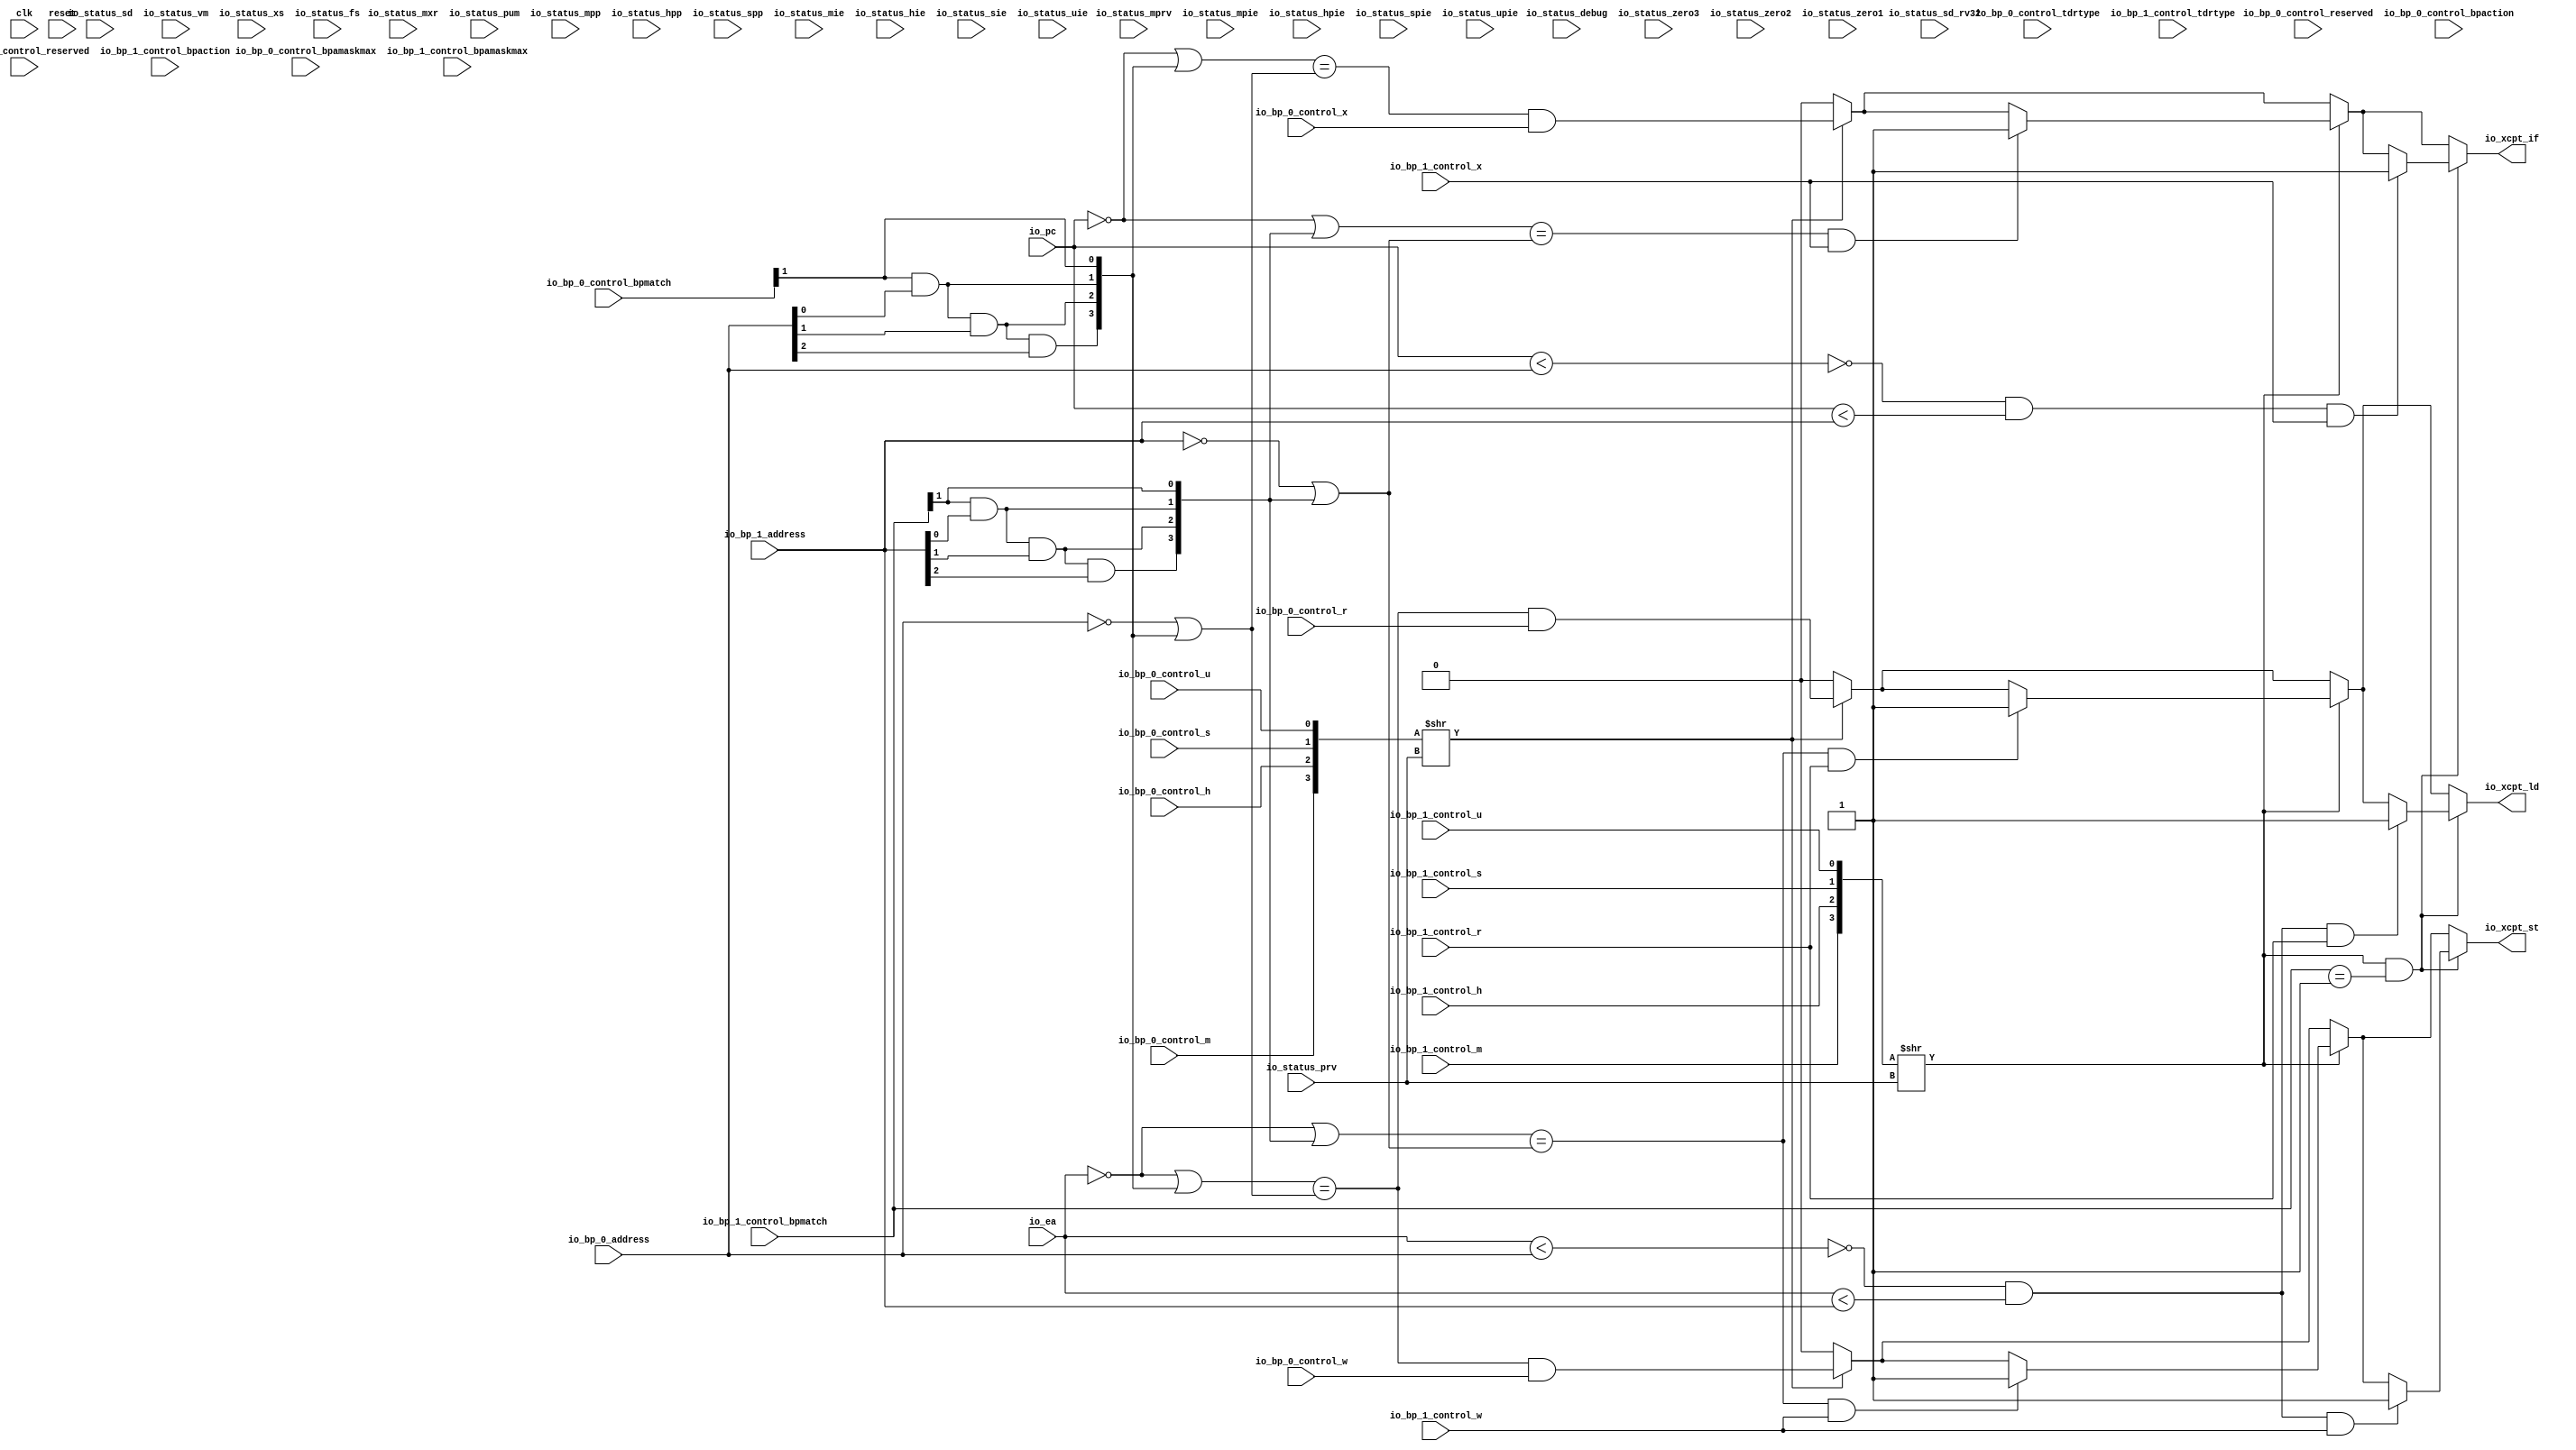
// Copyright (c) 2017, Microsemi Corporation
// All rights reserved.
//
// Redistribution and use in source and binary forms, with or without
// modification, are permitted provided that the following conditions are met:
//     * Redistributions of source code must retain the above copyright
//       notice, this list of conditions and the following disclaimer.
//     * Redistributions in binary form must reproduce the above copyright
//       notice, this list of conditions and the following disclaimer in the
//       documentation and/or other materials provided with the distribution.
//     * Neither the name of the <organization> nor the
//       names of its contributors may be used to endorse or promote products
//       derived from this software without specific prior written permission.
//
// THIS SOFTWARE IS PROVIDED BY THE COPYRIGHT HOLDERS AND CONTRIBUTORS "AS IS" AND
// ANY EXPRESS OR IMPLIED WARRANTIES, INCLUDING, BUT NOT LIMITED TO, THE IMPLIED
// WARRANTIES OF MERCHANTABILITY AND FITNESS FOR A PARTICULAR PURPOSE ARE
// DISCLAIMED. IN NO EVENT SHALL MICROSEMI CORPORATIONM BE LIABLE FOR ANY
// DIRECT, INDIRECT, INCIDENTAL, SPECIAL, EXEMPLARY, OR CONSEQUENTIAL DAMAGES
// (INCLUDING, BUT NOT LIMITED TO, PROCUREMENT OF SUBSTITUTE GOODS OR SERVICES;
// LOSS OF USE, DATA, OR PROFITS; OR BUSINESS INTERRUPTION) HOWEVER CAUSED AND
// ON ANY THEORY OF LIABILITY, WHETHER IN CONTRACT, STRICT LIABILITY, OR TORT
// (INCLUDING NEGLIGENCE OR OTHERWISE) ARISING IN ANY WAY OUT OF THE USE OF THIS
// SOFTWARE, EVEN IF ADVISED OF THE POSSIBILITY OF SUCH DAMAGE.
//
// Description:
//
// SVN Revision Information:
// SVN $Revision: 29484 $
// SVN $Date: 2017-03-31 09:57:25 +0100 (Fri, 31 Mar 2017) $
//
// Resolved SARs
// SAR      Date     Who   Description
//
// Notes:
//
// ****************************************************************************/
`define RANDOMIZE
`timescale 1ns/10ps
module PROC_SUBSYSTEM_CORERISCV_AXI4_0_CORERISCV_AXI4_BREAKPOINT_UNIT(
  input   clk,
  input   reset,
  input   io_status_debug,
  input  [1:0] io_status_prv,
  input   io_status_sd,
  input  [30:0] io_status_zero3,
  input   io_status_sd_rv32,
  input  [1:0] io_status_zero2,
  input  [4:0] io_status_vm,
  input  [3:0] io_status_zero1,
  input   io_status_mxr,
  input   io_status_pum,
  input   io_status_mprv,
  input  [1:0] io_status_xs,
  input  [1:0] io_status_fs,
  input  [1:0] io_status_mpp,
  input  [1:0] io_status_hpp,
  input   io_status_spp,
  input   io_status_mpie,
  input   io_status_hpie,
  input   io_status_spie,
  input   io_status_upie,
  input   io_status_mie,
  input   io_status_hie,
  input   io_status_sie,
  input   io_status_uie,
  input  [3:0] io_bp_0_control_tdrtype,
  input  [4:0] io_bp_0_control_bpamaskmax,
  input  [3:0] io_bp_0_control_reserved,
  input  [7:0] io_bp_0_control_bpaction,
  input  [3:0] io_bp_0_control_bpmatch,
  input   io_bp_0_control_m,
  input   io_bp_0_control_h,
  input   io_bp_0_control_s,
  input   io_bp_0_control_u,
  input   io_bp_0_control_r,
  input   io_bp_0_control_w,
  input   io_bp_0_control_x,
  input  [31:0] io_bp_0_address,
  input  [3:0] io_bp_1_control_tdrtype,
  input  [4:0] io_bp_1_control_bpamaskmax,
  input  [3:0] io_bp_1_control_reserved,
  input  [7:0] io_bp_1_control_bpaction,
  input  [3:0] io_bp_1_control_bpmatch,
  input   io_bp_1_control_m,
  input   io_bp_1_control_h,
  input   io_bp_1_control_s,
  input   io_bp_1_control_u,
  input   io_bp_1_control_r,
  input   io_bp_1_control_w,
  input   io_bp_1_control_x,
  input  [31:0] io_bp_1_address,
  input  [31:0] io_pc,
  input  [31:0] io_ea,
  output  io_xcpt_if,
  output  io_xcpt_ld,
  output  io_xcpt_st
);
  wire [1:0] T_206;
  wire [1:0] T_207;
  wire [3:0] T_208;
  wire [3:0] T_209;
  wire  T_210;
  wire [31:0] T_211;
  wire  T_212;
  wire  T_214;
  wire  T_215;
  wire [1:0] T_216;
  wire  T_217;
  wire  T_218;
  wire  T_219;
  wire [2:0] T_220;
  wire  T_221;
  wire  T_222;
  wire  T_223;
  wire [3:0] T_224;
  wire [31:0] GEN_18;
  wire [31:0] T_225;
  wire [31:0] T_226;
  wire [31:0] T_240;
  wire  T_241;
  wire  T_242;
  wire [31:0] T_244;
  wire [31:0] T_258;
  wire  T_274;
  wire  T_275;
  wire  T_308;
  wire  GEN_3;
  wire  GEN_4;
  wire  GEN_5;
  wire [1:0] T_310;
  wire [1:0] T_311;
  wire [3:0] T_312;
  wire [3:0] T_313;
  wire  T_314;
  wire  T_316;
  wire  T_318;
  wire  T_319;
  wire [1:0] T_320;
  wire  T_321;
  wire  T_322;
  wire  T_323;
  wire [2:0] T_324;
  wire  T_325;
  wire  T_326;
  wire  T_327;
  wire [3:0] T_328;
  wire [31:0] GEN_24;
  wire [31:0] T_329;
  wire [31:0] T_330;
  wire [31:0] T_344;
  wire  T_345;
  wire  T_346;
  wire  GEN_6;
  wire [31:0] T_362;
  wire  T_378;
  wire  T_379;
  wire  GEN_7;
  wire  T_412;
  wire  GEN_8;
  wire  GEN_9;
  wire  GEN_10;
  wire  GEN_11;
  wire  T_420;
  wire  T_421;
  wire  T_422;
  wire  T_424;
  wire  T_425;
  wire  T_426;
  wire  T_427;
  wire  GEN_12;
  wire  T_429;
  wire  T_431;
  wire  T_432;
  wire  T_433;
  wire  T_434;
  wire  GEN_13;
  wire  T_441;
  wire  GEN_14;
  wire  GEN_15;
  wire  GEN_16;
  wire  GEN_17;
  assign io_xcpt_if = GEN_15;
  assign io_xcpt_ld = GEN_16;
  assign io_xcpt_st = GEN_17;
  assign T_206 = {io_bp_0_control_s,io_bp_0_control_u};
  assign T_207 = {io_bp_0_control_m,io_bp_0_control_h};
  assign T_208 = {T_207,T_206};
  assign T_209 = T_208 >> io_status_prv;
  assign T_210 = T_209[0];
  assign T_211 = ~ io_pc;
  assign T_212 = io_bp_0_control_bpmatch[1];
  assign T_214 = io_bp_0_address[0];
  assign T_215 = T_212 & T_214;
  assign T_216 = {T_215,T_212};
  assign T_217 = T_216[1];
  assign T_218 = io_bp_0_address[1];
  assign T_219 = T_217 & T_218;
  assign T_220 = {T_219,T_216};
  assign T_221 = T_220[2];
  assign T_222 = io_bp_0_address[2];
  assign T_223 = T_221 & T_222;
  assign T_224 = {T_223,T_220};
  assign GEN_18 = {{28'd0}, T_224};
  assign T_225 = T_211 | GEN_18;
  assign T_226 = ~ io_bp_0_address;
  assign T_240 = T_226 | GEN_18;
  assign T_241 = T_225 == T_240;
  assign T_242 = T_241 & io_bp_0_control_x;
  assign T_244 = ~ io_ea;
  assign T_258 = T_244 | GEN_18;
  assign T_274 = T_258 == T_240;
  assign T_275 = T_274 & io_bp_0_control_r;
  assign T_308 = T_274 & io_bp_0_control_w;
  assign GEN_3 = T_210 ? T_242 : 1'h0;
  assign GEN_4 = T_210 ? T_275 : 1'h0;
  assign GEN_5 = T_210 ? T_308 : 1'h0;
  assign T_310 = {io_bp_1_control_s,io_bp_1_control_u};
  assign T_311 = {io_bp_1_control_m,io_bp_1_control_h};
  assign T_312 = {T_311,T_310};
  assign T_313 = T_312 >> io_status_prv;
  assign T_314 = T_313[0];
  assign T_316 = io_bp_1_control_bpmatch[1];
  assign T_318 = io_bp_1_address[0];
  assign T_319 = T_316 & T_318;
  assign T_320 = {T_319,T_316};
  assign T_321 = T_320[1];
  assign T_322 = io_bp_1_address[1];
  assign T_323 = T_321 & T_322;
  assign T_324 = {T_323,T_320};
  assign T_325 = T_324[2];
  assign T_326 = io_bp_1_address[2];
  assign T_327 = T_325 & T_326;
  assign T_328 = {T_327,T_324};
  assign GEN_24 = {{28'd0}, T_328};
  assign T_329 = T_211 | GEN_24;
  assign T_330 = ~ io_bp_1_address;
  assign T_344 = T_330 | GEN_24;
  assign T_345 = T_329 == T_344;
  assign T_346 = T_345 & io_bp_1_control_x;
  assign GEN_6 = T_346 ? 1'h1 : GEN_3;
  assign T_362 = T_244 | GEN_24;
  assign T_378 = T_362 == T_344;
  assign T_379 = T_378 & io_bp_1_control_r;
  assign GEN_7 = T_379 ? 1'h1 : GEN_4;
  assign T_412 = T_378 & io_bp_1_control_w;
  assign GEN_8 = T_412 ? 1'h1 : GEN_5;
  assign GEN_9 = T_314 ? GEN_6 : GEN_3;
  assign GEN_10 = T_314 ? GEN_7 : GEN_4;
  assign GEN_11 = T_314 ? GEN_8 : GEN_5;
  assign T_420 = io_bp_1_control_bpmatch == 4'h1;
  assign T_421 = T_314 & T_420;
  assign T_422 = io_pc < io_bp_0_address;
  assign T_424 = T_422 == 1'h0;
  assign T_425 = io_pc < io_bp_1_address;
  assign T_426 = T_424 & T_425;
  assign T_427 = T_426 & io_bp_1_control_x;
  assign GEN_12 = T_427 ? 1'h1 : GEN_9;
  assign T_429 = io_ea < io_bp_0_address;
  assign T_431 = T_429 == 1'h0;
  assign T_432 = io_ea < io_bp_1_address;
  assign T_433 = T_431 & T_432;
  assign T_434 = T_433 & io_bp_1_control_r;
  assign GEN_13 = T_434 ? 1'h1 : GEN_10;
  assign T_441 = T_433 & io_bp_1_control_w;
  assign GEN_14 = T_441 ? 1'h1 : GEN_11;
  assign GEN_15 = T_421 ? GEN_12 : GEN_9;
  assign GEN_16 = T_421 ? GEN_13 : GEN_10;
  assign GEN_17 = T_421 ? GEN_14 : GEN_11;
endmodule